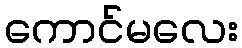
ကောင်မလေး